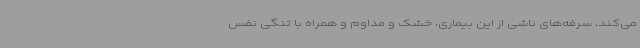
می‌کند، سرفه‌های ناشی از این بیماری، خشک و مداوم و همراه با تنگی نفس